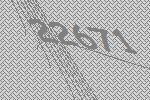
22671